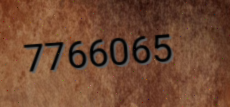
7766065